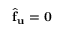
\widehat { \mathbf { f } } _ { \mathbf { u } } = \mathbf { 0 }